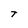
Character: t